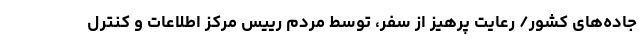
جاده‌های کشور/ رعایت پرهیز از سفر، توسط مردم رییس مرکز اطلاعات و کنترل